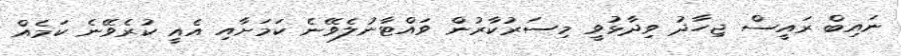
ނައިބް ރައީސް ޖިހާދު ވިދާޅުވީ މިސަރުކާރުން ވައްޓާނުލެވޭނެ ކަމަށާއި އެއީ ކުރެވޭނެ ކަމެއް